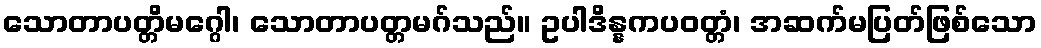
သောတာပတ္တိမဂ္ဂေါ၊ သောတာပတ္တမဂ်သည်။ ဥပါဒိန္နကပဝတ္တံ၊ အဆက်မပြတ်ဖြစ်သော